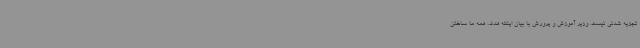
تجزیه شدنی نیست. وزیر آموزش و پرورش با بیان اینکه هدف همه ما ساختن